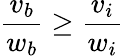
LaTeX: {\frac{v_{b}}{w_{b}}}\geq{\frac{v_{i}}{w_{i}}}